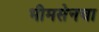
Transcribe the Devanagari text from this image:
भीमसेनचा